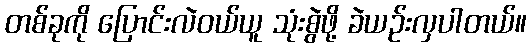
တစ်ခုကို ပြောင်းလဲဝယ်ယူ သုံးစွဲဖို့ ခဲယဉ်းလှပါတယ်။